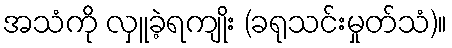
အသံကို လှူခဲ့ရကျိုး (ခရုသင်းမှုတ်သံ)။